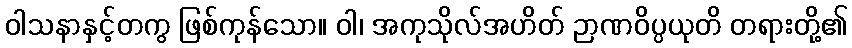
ဝါသနာနှင့်တကွ ဖြစ်ကုန်သော။ ဝါ၊ အကုသိုလ်အဟိတ် ဉာဏဝိပ္ပယုတိ တရားတို့၏